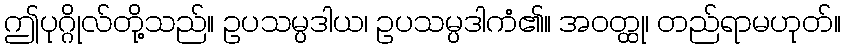
ဤပုဂ္ဂိုလ်တို့သည်။ ဥပသမ္ပဒါယ၊ ဥပသမ္ပဒါကံ၏။ အဝတ္ထု၊ တည်ရာမဟုတ်။